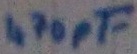
Text: 470pF